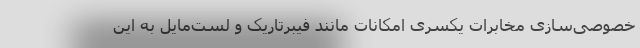
خصوصی‌سازی مخابرات یکسری امکانات مانند فیبرتاریک و لست‌مایل به این